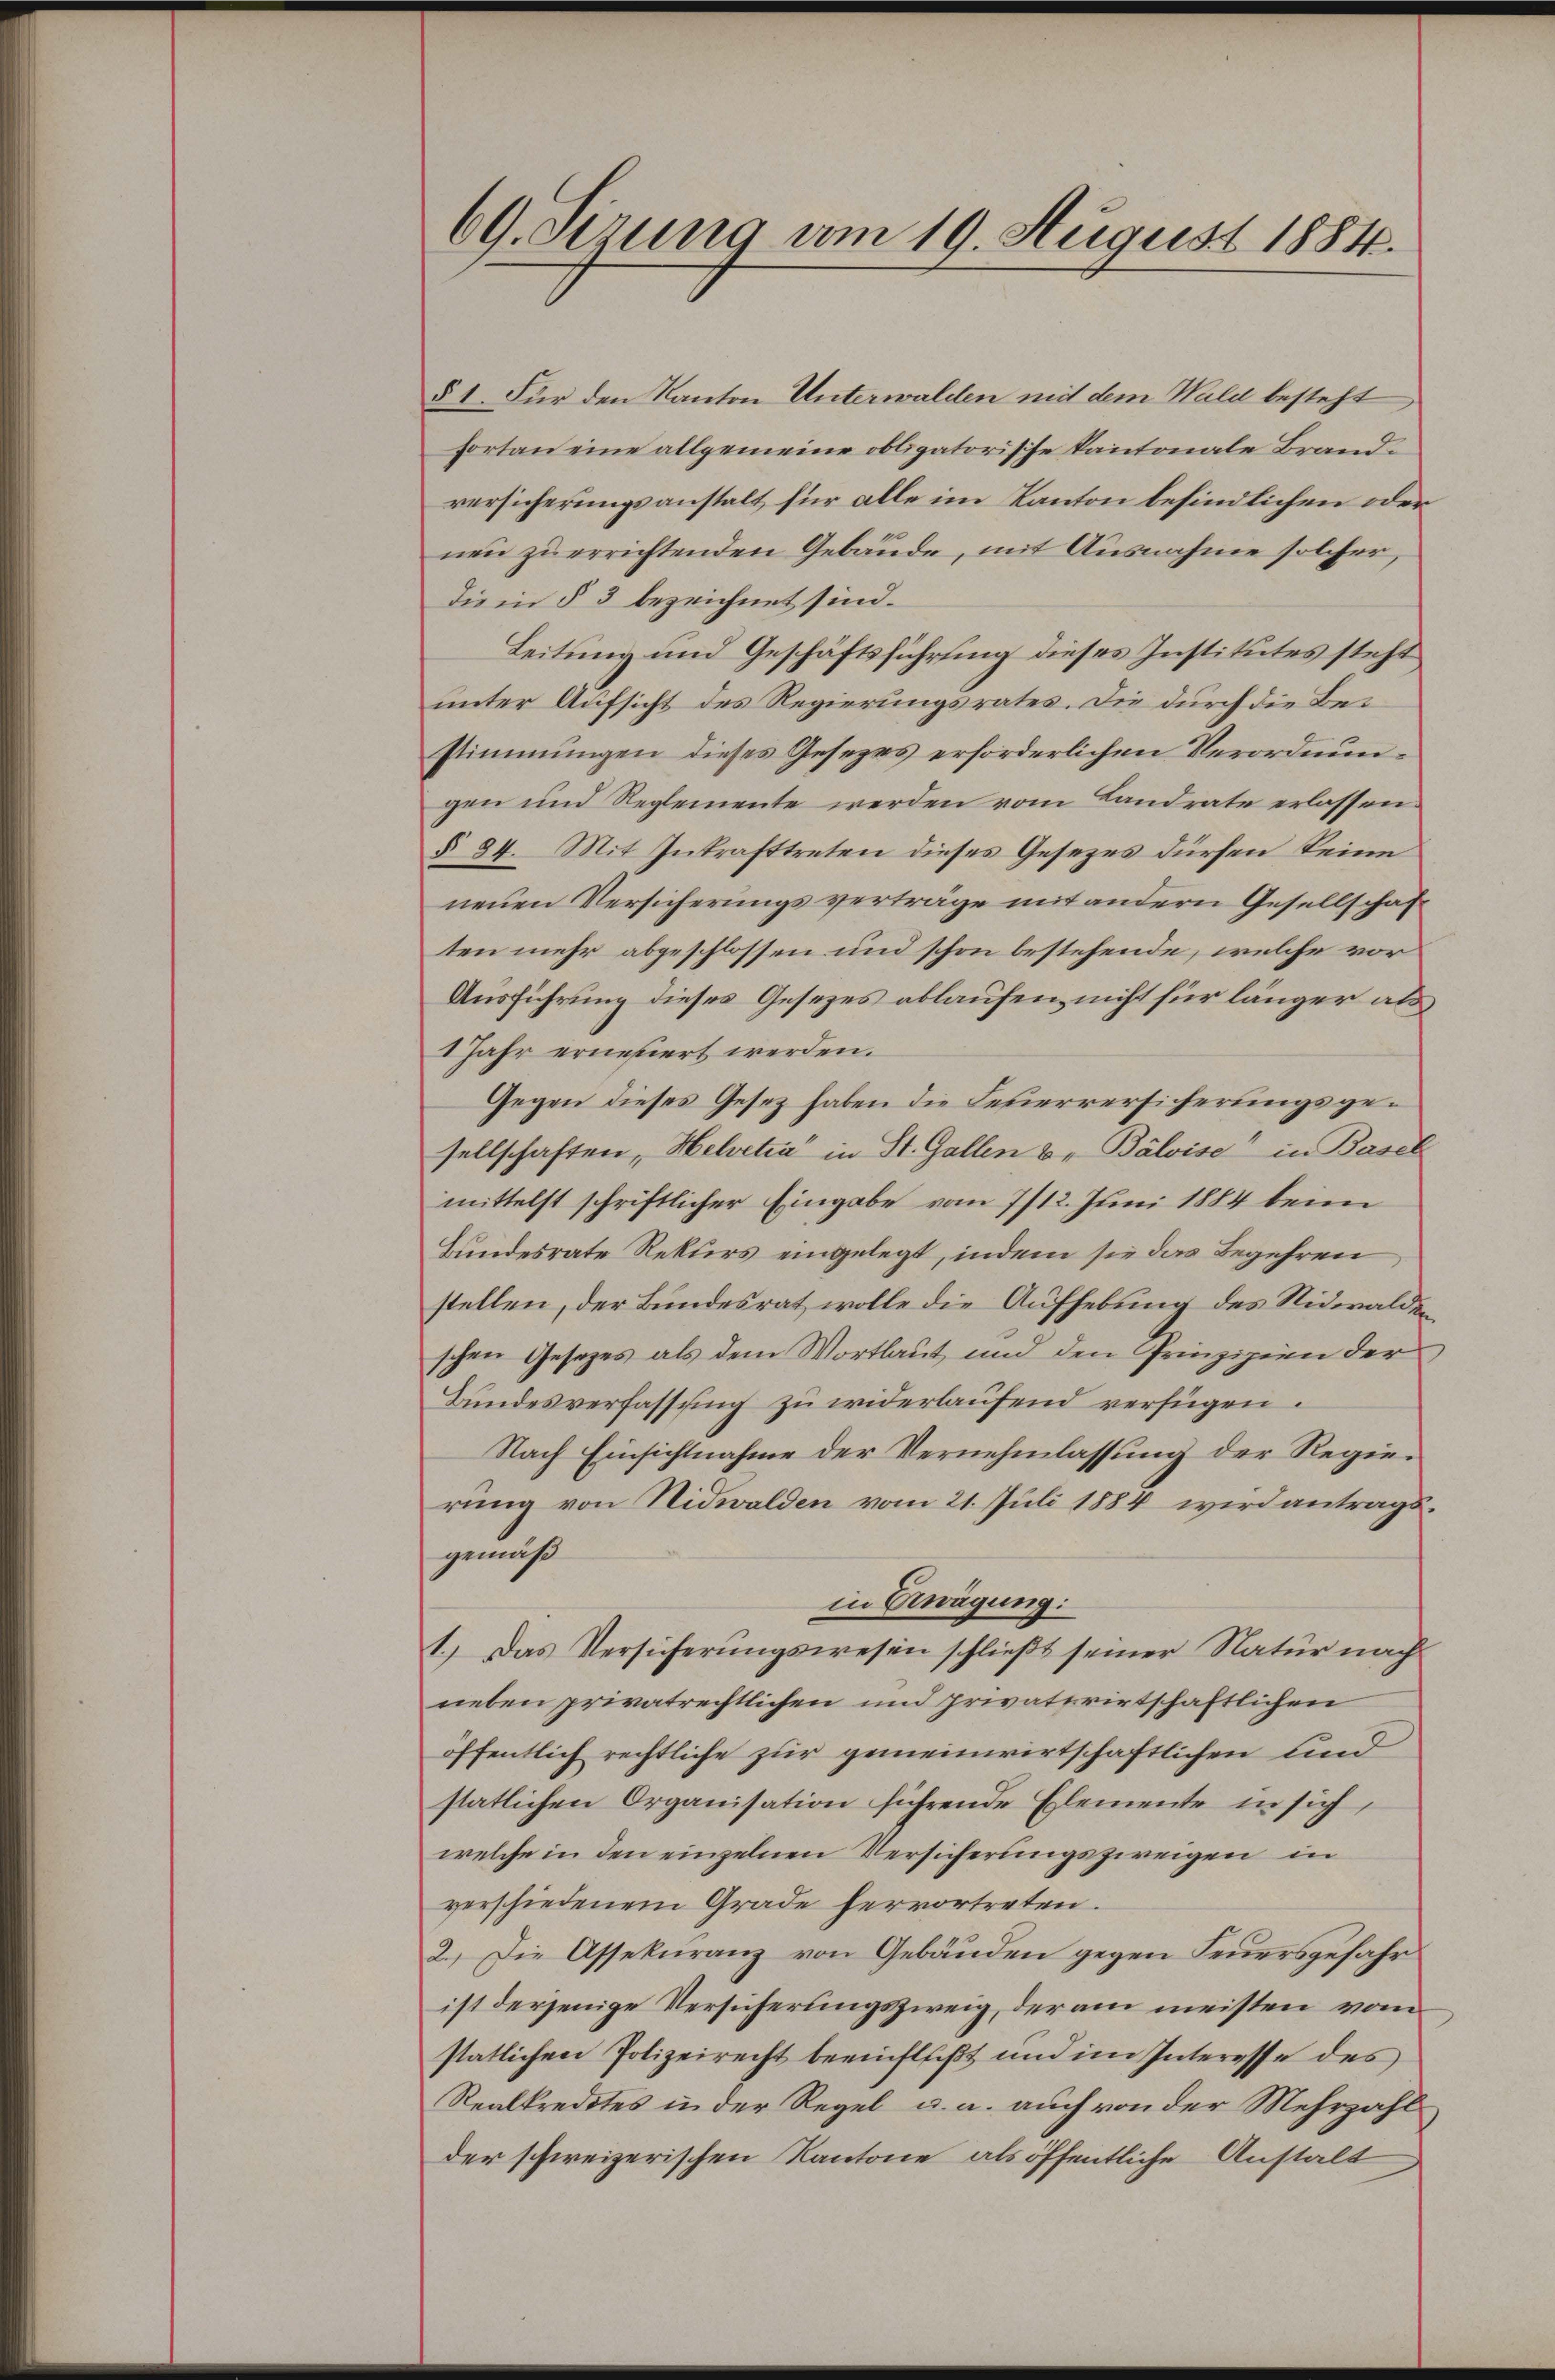
69. Sitzung vom 19. August 1884.

§ 1. Für den Kanton Unterwalden mit dem Wald besteht
fortan eine allgemeine obligatorische Kantonale Brandversicherungsanstalt für alle im Kanton befindlichen oder
nen zu errichtenden Gebäude, mit Ausnahme solcher,
die in § 3 bezeichnet sind.
Leitung und Geschäftsführung dieses Institutes steht
unter Aufsicht des Regierungsrates. Die durch die Bestimmungen dieses Gesetzes erforderlichen Verordnungen und Reglemente werden vom Landrate erlassen.
§ 34. Mit Inkrafttreten dieses Gesezes dürfen keine
neuen Versicherungsverträge mit andern Gesellschaf
ten mehr abgeschlossen und schon bestehende, welche vor
Ausführung dieses Gesezes ablaufen, nicht für länger als
1 Jahr erneuert werden.
Gegen dieses Gesetz haben die Feuerversicherungsgesellschaften, Helvetia" in St. Gallen u. Balvise“ in Basel
mittelst schriftlicher Eingabe vom 7/12. Juni 1884 beim
Bundesrate Rekurs eingelegt, indem sie das Begehren,
stellen, der Bundesrat wolle die Aufhebung des Nidwalden,
schen Gesezes als dem Wortlaut und den Prinzipien der
Bundesverfassung zu widerlaufend verfügen.
Nach Einsichtnahme der Vernehmlassung der Regierung von Nidwalden vom 21. Juli 1884 wird antragsgemäß
in Erwägung:
1.) Das Versicherŭngswesen schließt seiner Natur nach
neben privatrechtlichen und privaterirtschaftlichen
öffentlich rechtliche zur gemeinwirtschaftlichen sind
statlichen Organisation führende Elemente in sich
welche in den einzelnen Versicherungszweigen in
verschiedenem Grade hervortreten.
2.) Die Assekuranz von Gebäuden gegen Feuersgefahr
ist derjenige Versicherungszweig, der am meisten vom
statlichen Polizeirecht beeinflußt und im Interesse des
Realkredites in der Regel u. a. auch von der Mehrzahl
der schweizerischen Kantone als öffentliche Anstalt